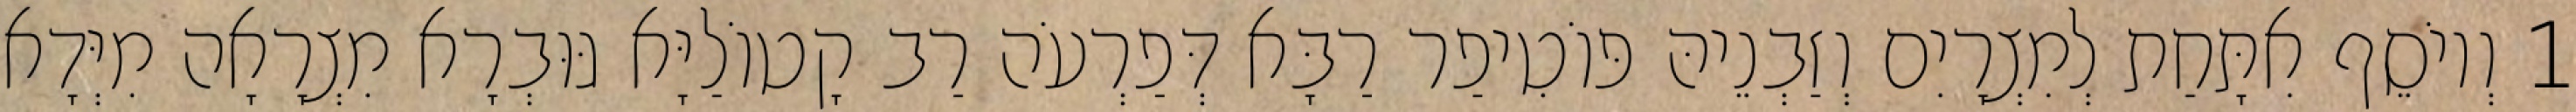
1 וְיוֹסֵף אִתָּחַת לְמִצְרָיִם וְזַבְנֵיהּ פּוֹטִיפַר רַבָּא דְּפַרְעֹה רַב קָטוֹלַיָּא גּוּבְרָא מִצְרָאָה מִיְּדָא